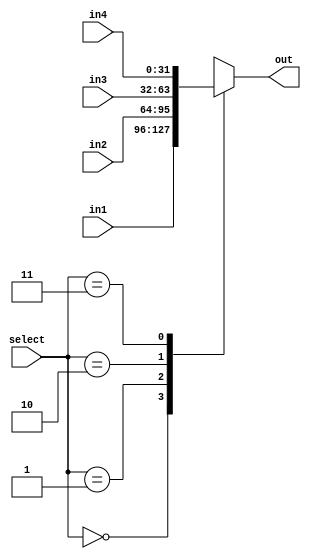
module mux4_1(input [31:0] in1, in2, in3, in4,
              input [1:0] select,
              output reg [31:0] out);

 always@(in1, in2, in3, in4, select) begin
    case(select)
      2'b00: out = in1;
      2'b01: out = in2;
      2'b10: out = in3;
      2'b11: out = in4;
    endcase
  end
endmodule